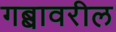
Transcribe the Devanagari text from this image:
गब्बावरील